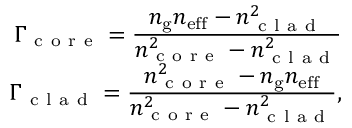
\begin{array} { r } { \Gamma _ { \mathrm { ~ c ~ o ~ r ~ e ~ } } = \frac { \displaystyle n _ { \mathrm { g } } n _ { \mathrm { e f f } } - n _ { \mathrm { ~ c ~ l ~ a ~ d ~ } } ^ { 2 } } { \displaystyle n _ { \mathrm { ~ c ~ o ~ r ~ e ~ } } ^ { 2 } - n _ { \mathrm { ~ c ~ l ~ a ~ d ~ } } ^ { 2 } } } \\ { \Gamma _ { \mathrm { ~ c ~ l ~ a ~ d ~ } } = \frac { \displaystyle n _ { \mathrm { ~ c ~ o ~ r ~ e ~ } } ^ { 2 } - n _ { \mathrm { g } } n _ { \mathrm { e f f } } } { \displaystyle n _ { \mathrm { ~ c ~ o ~ r ~ e ~ } } ^ { 2 } - n _ { \mathrm { ~ c ~ l ~ a ~ d ~ } } ^ { 2 } } , } \end{array}